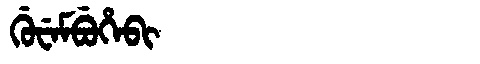
Manchu: ᡤᡠᠸᡝᠮᠪᡠᡥᡝᠪᡳ
Romanization: GUWEMBUHEBI